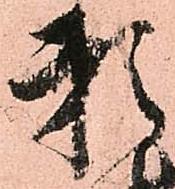
頼